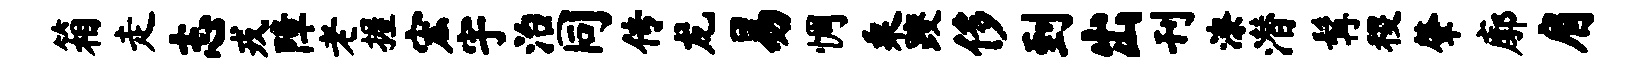
箱走志戎障老握宏宇治同传龙易惆乘躞侈到出刊潦潜髯稷肇廓肩